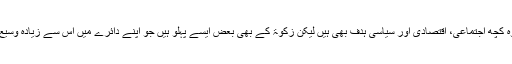
اگرچہ ٹیکس کے جدید رجحان کے اعتبار سے ٹیکس کے مالی فوائد کے علاوہ کچھ اجتماعی، اقتصادی اور سیاسی ہدف بھی ہیں لیکن زکوٰۃ کے بھی بعض ایسے پہلو ہیں جو اپنے دائرے میں اس سے زیادہ وسیع ہیں اور ان کا اُفق (horison) زیادہ وسیع اور اس کی جڑیں زیادہ گہری ہیں۔